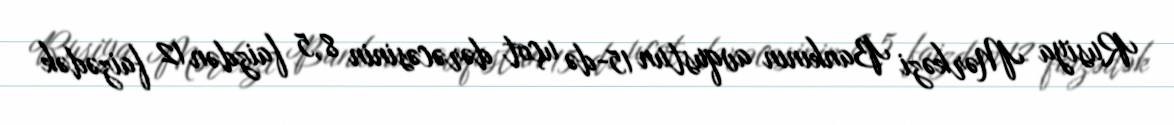
Rusiya Mərkəzi Bankının avqustun 15-də uçot dərəcəsinin 8,5 faizdən 12 faizədək